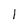
Character: I